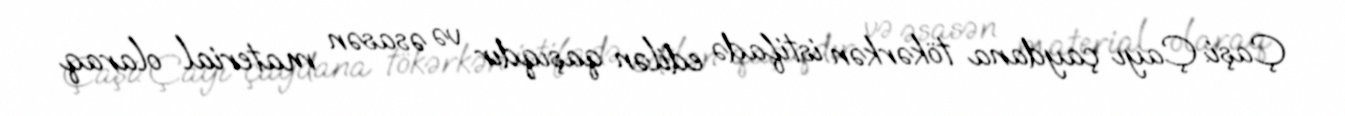
Çaşi: Çayı çaydana tökərkən istifadə edilən qaşıqdır və əsasən material olaraq